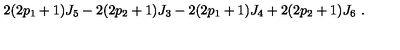
2 ( 2 p _ { 1 } + 1 ) J _ { 5 } - 2 ( 2 p _ { 2 } + 1 ) J _ { 3 } - 2 ( 2 p _ { 1 } + 1 ) J _ { 4 } + 2 ( 2 p _ { 2 } + 1 ) J _ { 6 } \ .